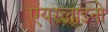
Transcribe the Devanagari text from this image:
एयरलाइनो